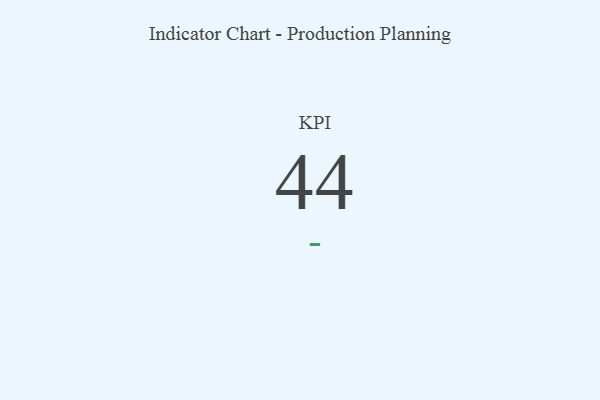
{"axis": {"x": "KPI", "y": "Value"}, "legend": [""], "data": [{"x": "KPI", "y": 44, "type": ""}]}